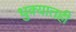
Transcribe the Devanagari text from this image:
धुक्यातही